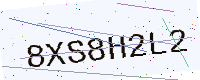
Text: 8XS8H2L2